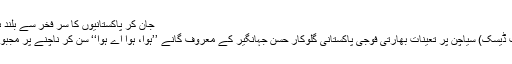
جان کر پاکستانیوں کا سر فخر سے بلند ہو جائے گا
لاہور (ویب ڈیسک) سیاچن پر تعینات بھارتی فوجی پاکستانی گلوکار حسن جہانگیر کے معروف گانے ’’ہوا، ہوا اے ہوا‘‘ سن کر ناچنے پر مجبور ہو گئے ۔